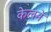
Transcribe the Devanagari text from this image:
केलने